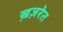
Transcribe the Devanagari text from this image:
ख़ज़रेत